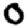
Digit: 0